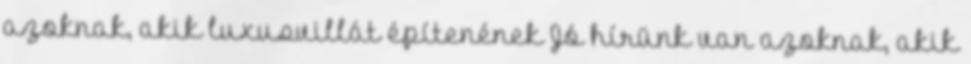
azoknak, akik luxusvillát építenének Jó hírünk van azoknak, akik